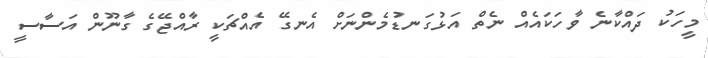
މީހަކު ދައްކާނެ ވާހަކައެއް ނެތް އަޅުގަނޑުމެންނަށް އެނގޭ އެއްޗަކީ ރާއްޖޭގެ ގާނޫން އަސާސީ